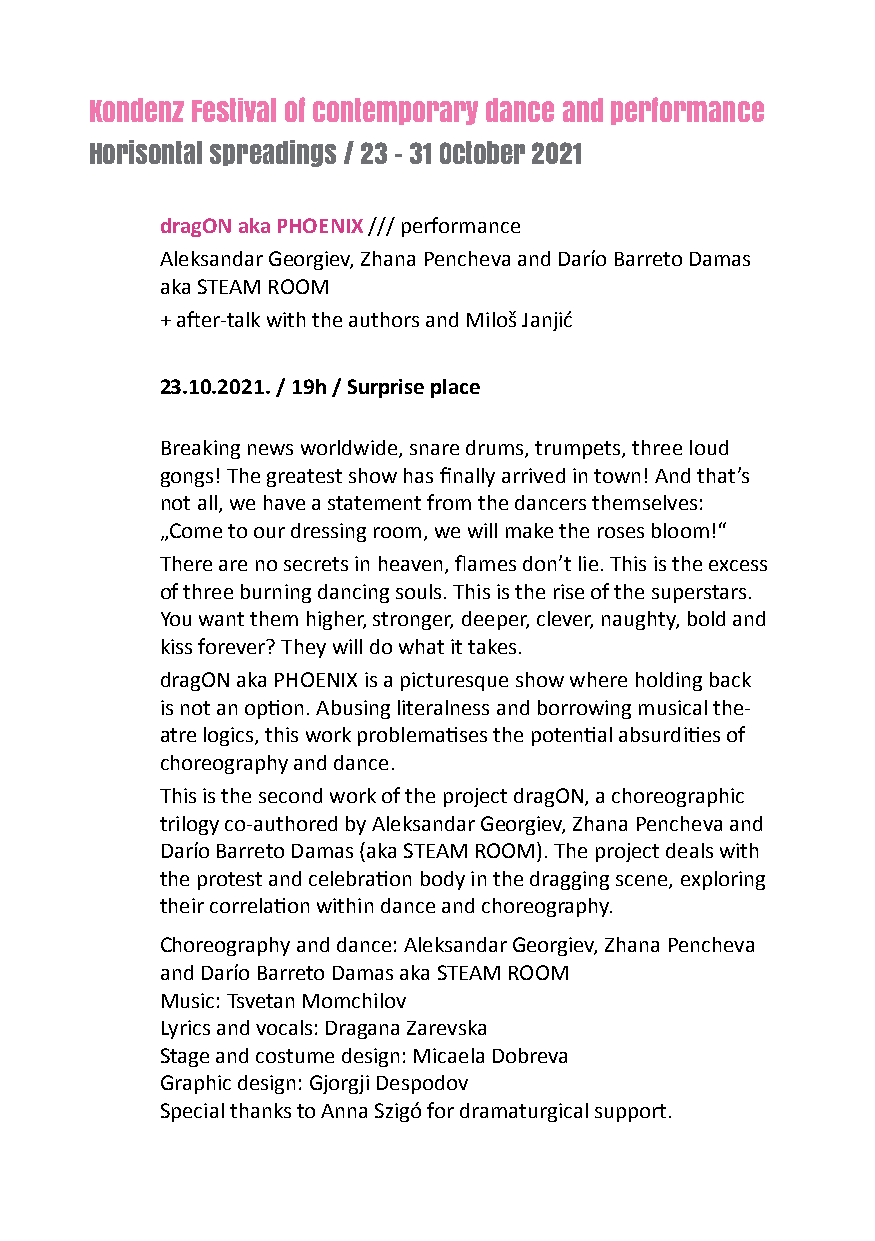
Kondenz Festival of contemporary dance and performance
 Horisontal spreadings / 23 – 31 October 2021
 dragon aka phoenix /// performance
 Aleksandar georgiev, Zhana Pencheva and Darío Barreto Damas
 aka STeAM RooM
 + after-talk with the authors and Miloš Janjić
 23.10.2021. / 19h / Surprise place
 Breaking news worldwide, snare drums, trumpets, three loud
 gongs! The greatest show has finally arrived in town! And that’s
 not all, we have a statement from the dancers themselves:
 „Come to our dressing room, we will make the roses bloom!“
 There are no secrets in heaven, flames don’t lie. This is the excess
 of three burning dancing souls. This is the rise of the superstars.
 You want them higher, stronger, deeper, clever, naughty, bold and
 kiss forever? They will do what it takes.
 dragoN aka PHoeNIX is a picturesque show where holding back
 is not an option. Abusing literalness and borrowing musical the-
 atre logics, this work problematises the potential absurdities of
 choreography and dance.
 This is the second work of the project dragoN, a choreographic
 trilogy co-authored by Aleksandar georgiev, Zhana Pencheva and
 Darío Barreto Damas (aka STeAM RooM). The project deals with
 the protest and celebration body in the dragging scene, exploring
 their correlation within dance and choreography.
 Choreography and dance: Aleksandar georgiev, Zhana Pencheva
 and Darío Barreto Damas aka STeAM RooM
 Music: Tsvetan Momchilov
 lyrics and vocals: Dragana Zarevska
 Stage and costume design: Micaela Dobreva
 graphic design: gjorgji Despodov
 Special thanks to Anna Szigó for dramaturgical support.